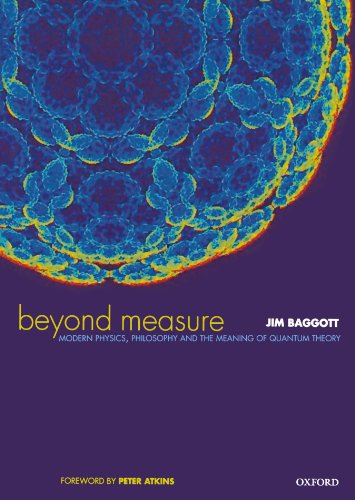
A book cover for Beyond Measure: Modern Physics, Philosophy, and the Meaning of Quantum Theory; Jim Baggott; Science & Math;